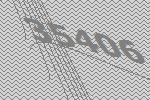
35406